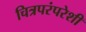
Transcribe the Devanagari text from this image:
चित्रपरंपरेशी